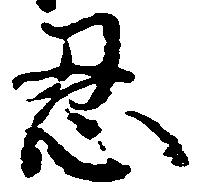
忍